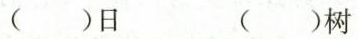
()日 ()树